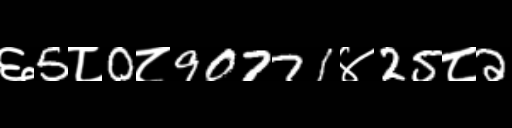
Text: ६5८0८90771४25८2